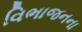
વિભાજનના